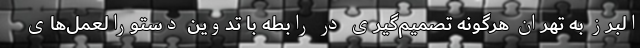
البرز به تهران هرگونه تصمیم‌گیری در رابطه با تدوین دستورالعمل‌های